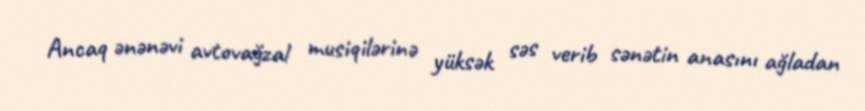
Ancaq ənənəvi avtovağzal musiqilərinə yüksək səs verib sənətin anasını ağladan